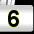
Digit: 6